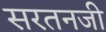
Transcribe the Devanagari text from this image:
सरतनजी